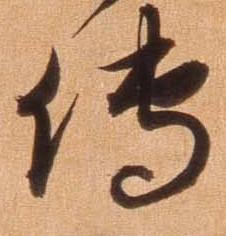
伝